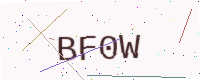
Text: BF0W